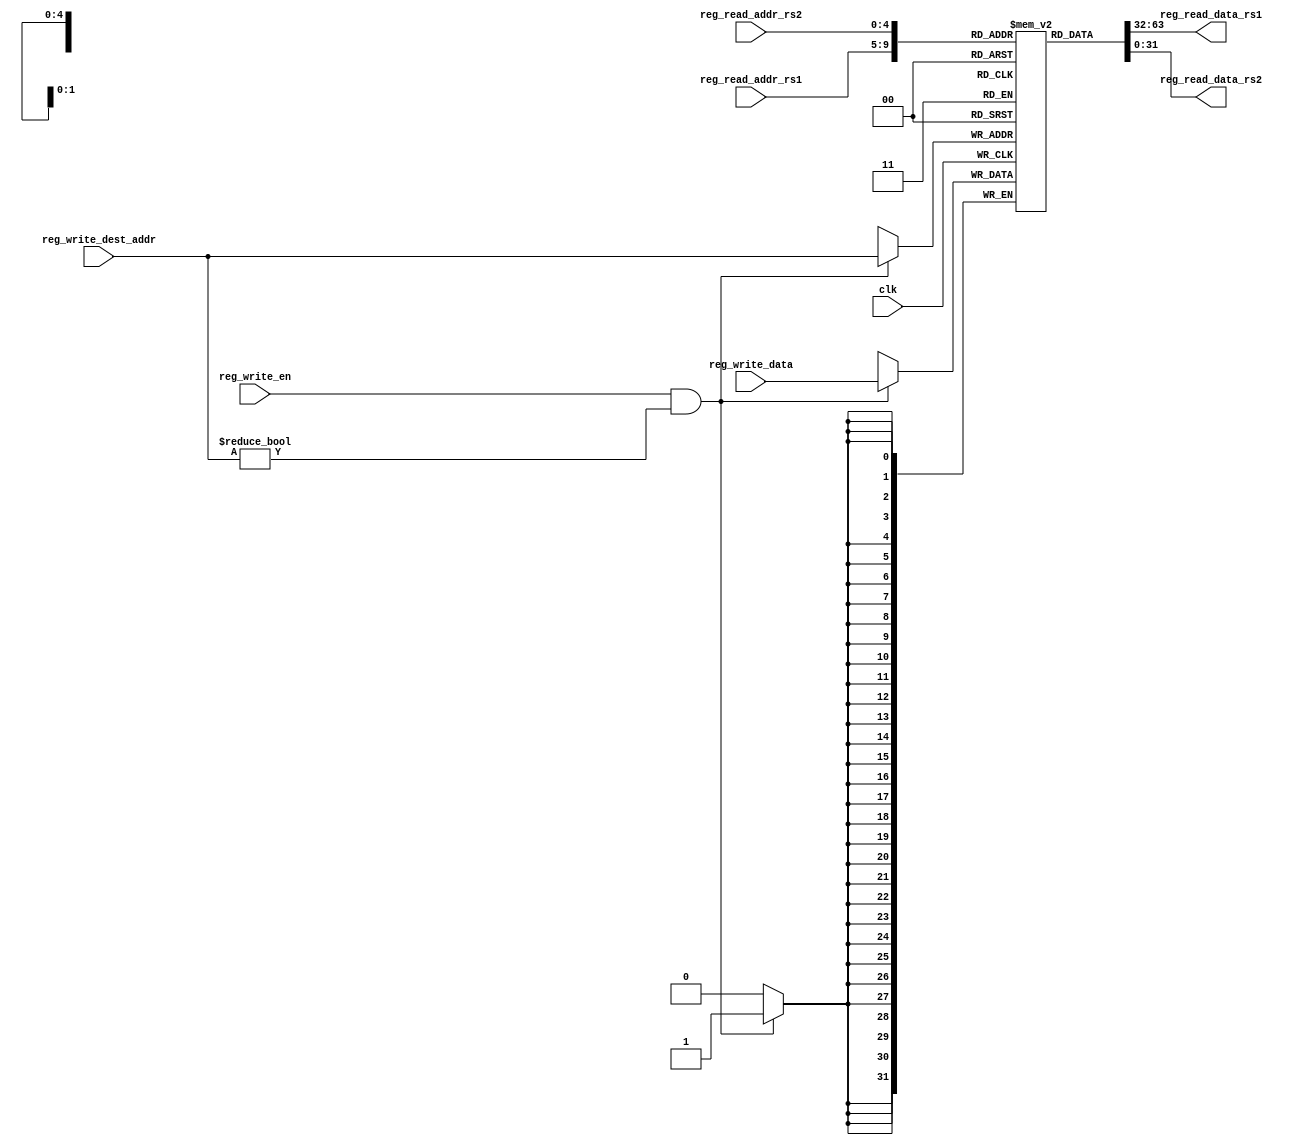
module RegFile(
input clk,
input reg_write_en,
input [4:0] reg_write_dest_addr,
input [31:0] reg_write_data,
input [4:0] reg_read_addr_rs1,
output reg [31:0] reg_read_data_rs1,
input [4:0] reg_read_addr_rs2,
output reg [31:0] reg_read_data_rs2
);

reg [31:0] reg_array[0:31]; //32 GPRs, each of 32-bit width

integer i;
//initializing all registers to be 0
initial 
begin
  for(i=0;i<31;i=i+1)
   reg_array[i] <= 32'd0;
end

always @(posedge clk) 
   if(reg_write_en && (reg_write_dest_addr != 32'd0)) // x0 remains grounded
     begin
      reg_array[reg_write_dest_addr] <= reg_write_data;
     end

always @(*)
begin
  reg_read_data_rs1 = reg_array[reg_read_addr_rs1];
  reg_read_data_rs2 = reg_array[reg_read_addr_rs2];
end

endmodule 

//testbench
//module tb_regfile;
//reg clk;
//reg reg_write_en;
//reg [4:0] reg_write_dest_addr;
//reg [31:0] reg_write_data;
//reg [4:0] reg_read_addr_rs1;
//wire [31:0] reg_read_data_rs1;
//reg [4:0] reg_read_addr_rs2;
//wire [31:0] reg_read_data_rs2;

//RegFile regfile_inst(
//.clk(clk),
//.reg_write_en(reg_write_en),
//.reg_write_dest_addr(reg_write_dest_addr),
//.reg_write_data(reg_write_data),
//.reg_read_addr_rs1(reg_read_addr_rs1),
//.reg_read_data_rs1(reg_read_data_rs1),
//.reg_read_addr_rs2(reg_read_addr_rs2),
//.reg_read_data_rs2(reg_read_data_rs2)
//);

//// Clock Generation
//initial
//begin

//clk = 0;
//forever
//#5 clk= ~clk;

//end

////Main simulation
//initial
//begin

///*reg_write_en = 0;
//reg_read_addr_rs1 = 0;
//reg_read_addr_rs1 = 1;
//repeat(5) @(posedge clk);
//  reset <= #1 0;
//@(posedge clk)
//  reset <= #1 1;

//repeat(5) @(posedge clk);
//  reset <= #1 0;

//@(posedge clk)
//  reset <= #1 1;

//repeat(5) @(posedge clk);

//$stop;*/
////end
////endmodule

////initialize inputs
//  reg_write_en = 0;
//  reg_write_dest_addr = 0;
//  reg_write_data = 0;
//  reg_read_addr_rs1 = 0;
//  reg_read_addr_rs2 = 0;
  
//  //wait for some time
//  #10;
  
//  //write some values to the register file
//  reg_write_en = 1;
//  reg_write_dest_addr = 5; //write to register x5
//  reg_write_data = 32'd124; //write some data
//  #10; //wait for one clock cycle 
  
//  reg_write_dest_addr = 10; //write to register x10
//  reg_write_data = 32'd214; //write some data
//  #10; //wait for one clock cycle
  
//  reg_write_en = 0; //stop writing
  
//  //read some values from the register file
//  reg_read_addr_rs1 = 5; //read from register x5
//  reg_read_addr_rs2 = 10; //read from register x10
//  #10; //wait for one clock cycle
  
//  //check the outputs
//  $display("reg_read_data_rs1 = %h", reg_read_data_rs1); //should be equal to the data written to x5
//  $display("reg_read_data_rs2 = %h", reg_read_data_rs2); //should be equal to the data written to x10
  
//end  
//endmodule